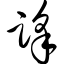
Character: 踩